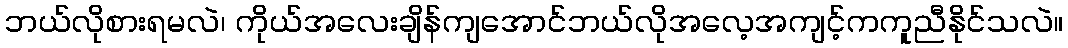
ဘယ်လိုစားရမလဲ၊ ကိုယ်အလေးချိန်ကျအောင်ဘယ်လိုအလေ့အကျင့်ကကူညီနိုင်သလဲ။